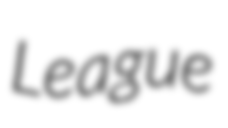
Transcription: League